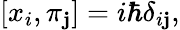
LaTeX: [x_{i},\pi_{\mathbf{j}}]=i\hbar\delta_{i\mathbf{j}},